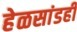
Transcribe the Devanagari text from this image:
हेळसांडही